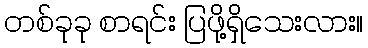
တစ်ခုခု စာရင်း ပြဖို့ရှိသေးလား။